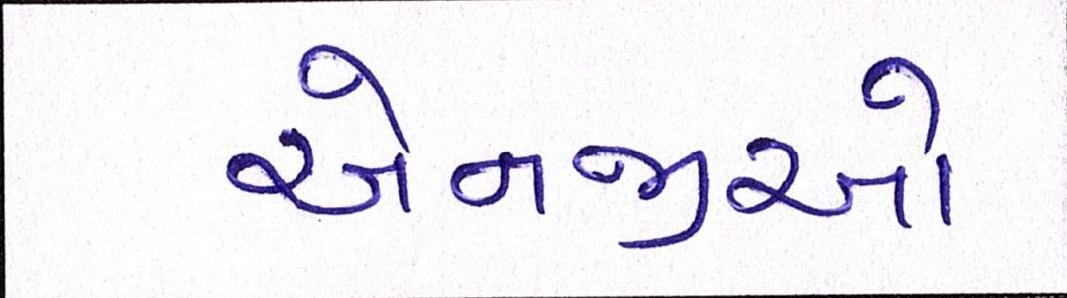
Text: એનજીઓ